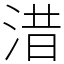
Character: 㳻